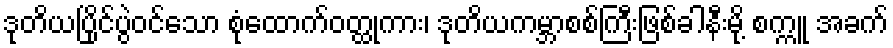
ဒုတိယပြိုင်ပွဲဝင်သော စုံထောက်ဝတ္ထုကား၊ ဒုတိယကမ္ဘာစစ်ကြီးဖြစ်ခါနီးမို့ စက္ကူ အခက်